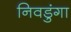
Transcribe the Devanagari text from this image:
निवडुंगा